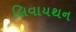
લિવાયથન